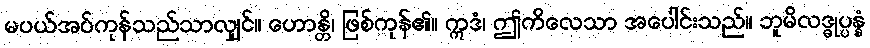
မပယ်အပ်ကုန်သည်သာလျှင်။ ဟောန္တိ၊ ဖြစ်ကုန်၏။ ဣဒံ၊ ဤကိလေသာ အပေါင်းသည်။ ဘူမိလဒ္ဓုပ္ပန္နံ